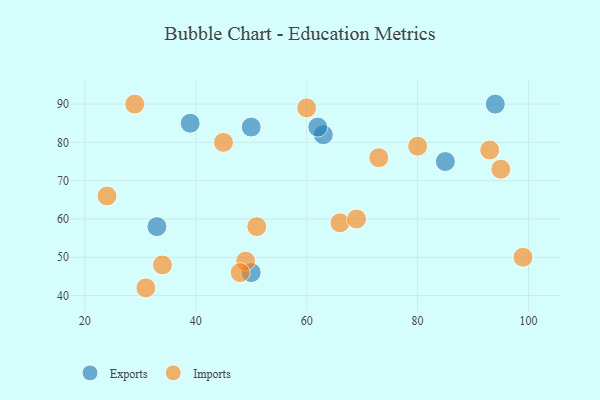
{"axis": {"x": "GDP", "y": "Life Expectancy"}, "legend": ["Exports", "Imports"], "data": [{"x": "63", "y": 82, "type": "Exports"}, {"x": "94", "y": 90, "type": "Exports"}, {"x": "39", "y": 85, "type": "Exports"}, {"x": "50", "y": 84, "type": "Exports"}, {"x": "62", "y": 84, "type": "Exports"}, {"x": "33", "y": 58, "type": "Exports"}, {"x": "85", "y": 75, "type": "Exports"}, {"x": "50", "y": 46, "type": "Exports"}, {"x": "93", "y": 78, "type": "Imports"}, {"x": "31", "y": 42, "type": "Imports"}, {"x": "66", "y": 59, "type": "Imports"}, {"x": "99", "y": 50, "type": "Imports"}, {"x": "60", "y": 89, "type": "Imports"}, {"x": "24", "y": 66, "type": "Imports"}, {"x": "49", "y": 49, "type": "Imports"}, {"x": "73", "y": 76, "type": "Imports"}, {"x": "95", "y": 73, "type": "Imports"}, {"x": "48", "y": 46, "type": "Imports"}, {"x": "29", "y": 90, "type": "Imports"}, {"x": "45", "y": 80, "type": "Imports"}, {"x": "34", "y": 48, "type": "Imports"}, {"x": "51", "y": 58, "type": "Imports"}, {"x": "80", "y": 79, "type": "Imports"}, {"x": "69", "y": 60, "type": "Imports"}]}